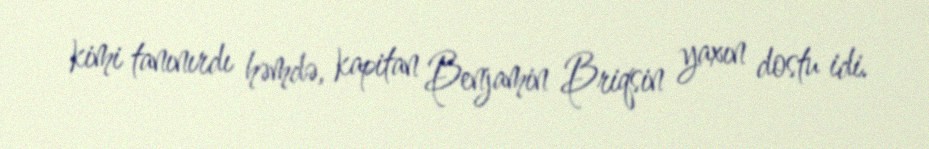
kimi tanınırdı həmdə, kapitan Benjamin Briqsin yaxın dostu idi.